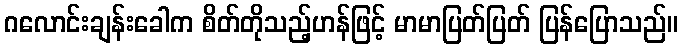
ဂလောင်းချန်းခေါက စိတ်တိုသည့်ဟန်ဖြင့် မာမာပြတ်ပြတ် ပြန်ပြောသည်။